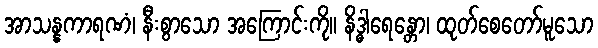
အာသန္နကာရဏံ၊ နီးစွာသော အကြောင်းကို။ နိဒ္ဓါရေန္တော၊ ထုတ်စေတော်မူသော